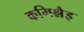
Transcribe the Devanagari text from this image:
कमिश्नैइ